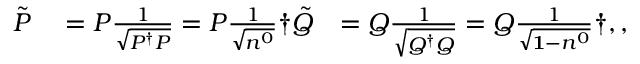
\begin{array} { r l r } { \tilde { P } } & { { } = P \frac { 1 } { \sqrt { P ^ { \dagger } P } } = P \frac { 1 } { \sqrt { n ^ { 0 } } } \dag \tilde { Q } } & { = Q \frac { 1 } { \sqrt { Q ^ { \dagger } Q } } = Q \frac { 1 } { \sqrt { \mathbf { 1 } - n ^ { 0 } } } \dag , , } \end{array}